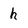
Character: h